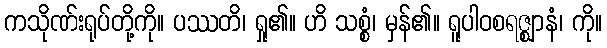
ကသိုဏ်းရုပ်တို့ကို။ ပဿတိ၊ ရှု၏။ ဟိ သစ္စံ၊ မှန်၏။ ရူပါဝစရဇ္ဈာနံ၊ ကို။